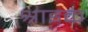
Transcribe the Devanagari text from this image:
श्राइक